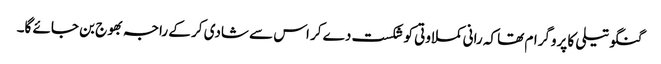
گنگو تیلی کا پروگرام تھا کہ رانی کملاوتی کو شکست دے کر اس سے شادی کر کے راجہ بھوج بن جائے گا۔